Annual report of lunatic asylums [Bombay] - 1912-1922
Year: 1912
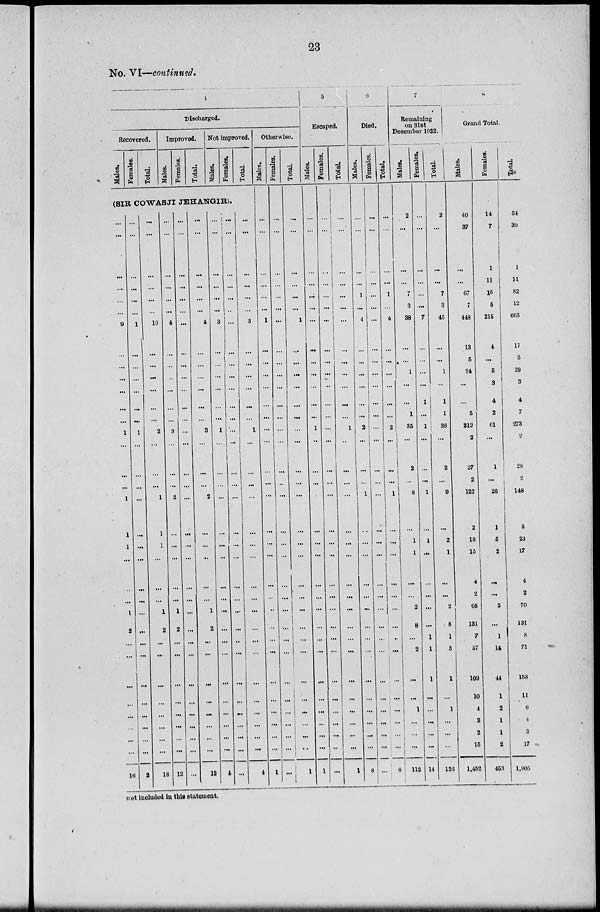
23
No. VI—continued.
4
Discharged.
Recovered.
Males.
Females.
Total.
Improved.
Males.
Females.
Total.
Not improved.
Males
Females.
Total.
(SIR COWASJI JEHANGIR).
...
...
...
...
...
...
9
...
...
...
...
...
...
1
...
...
...
1
1
1
...
...
...
1
2
...
...
...
...
...
...
...
...
16
...
...
...
...
...
...
1
...
...
...
...
...
...
1
...
...
...
...
...
...
...
...
...
...
...
...
...
...
...
...
...
...
...
2
...
...
...
...
...
...
10
...
...
...
...
...
...
2
...
...
...
1
1
1
...
...
...
1
2
...
...
...
...
...
...
...
...
18
...
...
...
...
...
...
4
...
...
...
...
...
...
3
...
...
...
2
...
...
...
...
...
1
2
...
...
...
...
...
...
...
...
12
...
...
...
...
...
...
...
...
...
...
...
...
...
...
...
...
...
...
...
...
...
...
...
...
...
...
...
...
...
...
...
...
...
...
...
...
...
...
...
...
4
...
...
...
...
...
...
3
...
...
...
2
...
...
...
...
...
1
2
...
...
...
...
...
...
...
...
12
...
...
...
...
...
...
3
...
...
...
...
...
...
1
...
...
...
...
...
...
...
...
...
...
...
...
...
...
...
...
...
...
...
4
...
...
...
...
...
...
...
...
...
...
...
...
...
...
...
...
...
...
...
...
...
...
...
...
...
...
...
...
...
...
...
...
...
...
...
...
...
...
...
...
3
...
...
...
...
...
...
1
...
...
...
...
...
...
...
...
...
...
...
...
...
...
...
...
...
...
...
4
Otherwise.
Males.
...
...
...
...
...
...
1
...
...
...
...
...
...
...
...
...
...
...
...
...
...
...
...
...
...
...
...
...
...
...
...
...
...
1
Females.
...
...
...
...
...
...
...
...
...
...
...
...
...
...
...
...
...
...
...
...
...
...
...
...
...
...
...
...
...
...
...
...
...
...
Total.
...
...
...
...
...
...
1
...
...
...
...
...
...
...
...
...
...
...
...
...
...
...
...
...
...
...
...
...
...
...
...
...
...
1
5
Escaped.
Males.
...
...
...
...
...
...
...
...
...
...
...
...
...
1
...
...
...
...
...
...
...
...
...
...
...
...
...
...
...
...
...
...
...
1
Females.
...
...
...
...
...
...
...
...
...
...
...
...
...
...
...
...
...
...
...
...
...
...
...
...
...
...
...
...
...
...
...
...
...
...
Total.
...
...
...
...
...
...
...
...
...
...
...
...
...
1
...
...
...
...
...
...
...
...
...
...
...
...
...
...
...
...
...
...
...
1
6
Died.
Males.
...
...
...
...
1
...
4
...
...
...
...
...
...
2
...
...
...
1
...
...
...
...
...
...
...
...
...
...
...
...
...
...
...
8
Females.
...
...
...
...
...
...
...
...
...
...
...
...
...
...
...
...
...
...
...
...
...
...
...
...
...
...
...
...
...
...
...
...
...
...
Total.
...
...
...
...
1
...
4
...
...
...
...
...
...
2
...
...
...
1
...
...
...
...
...
...
...
...
...
...
...
1
...
...
...
8
7
Remaining
on 31st
December 1922.
Males.
2
...
...
...
7
3
38
...
...
1
...
...
1
35
...
2
...
8
...
1
1
...
...
2
8
...
2
...
...
1
...
...
...
112
Females.
...
...
...
...
...
...
7
...
...
...
...
1
...
1
...
...
...
1
...
1
...
...
...
...
...
1
1
1
...
...
...
...
...
14
Total
2
...
...
...
7
3
45
...
...
1
...
1
1
36
...
2
...
9
...
2
1
...
...
2
8
1
3
1
...
1
...
...
...
126
8
Grand Total.
Males.
40
37
...
...
67
7
448
13
5
24
...
...
5
212
2
27
2
122
2
18
15
4
2
65
131
7
57
109
10
4
3
2
15
1,452
Females.
14
7
1
11
15
5
215
4
...
5
3
4
2
61
...
1
...
26
1
5
2
...
...
5
...
1
14
44
1
2
1
1
2
453
Total.
54
39
1
11
82
12
663
17
5
29
3
4
7
273
2
28
2
148
3
23
17
4
2
70
131
8
71
153
11
6
4
3
17
1,905
not included in this statement.